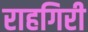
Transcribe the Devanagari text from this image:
राहगिरी